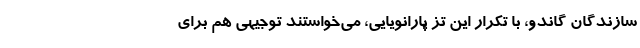
سازندگان گاندو، با تکرار این تز پارانویایی، می‌خواستند توجیهی هم برای